King Institute of Preventive Medicine Bacteriolog. Section reports 1907-08
Year: 1907
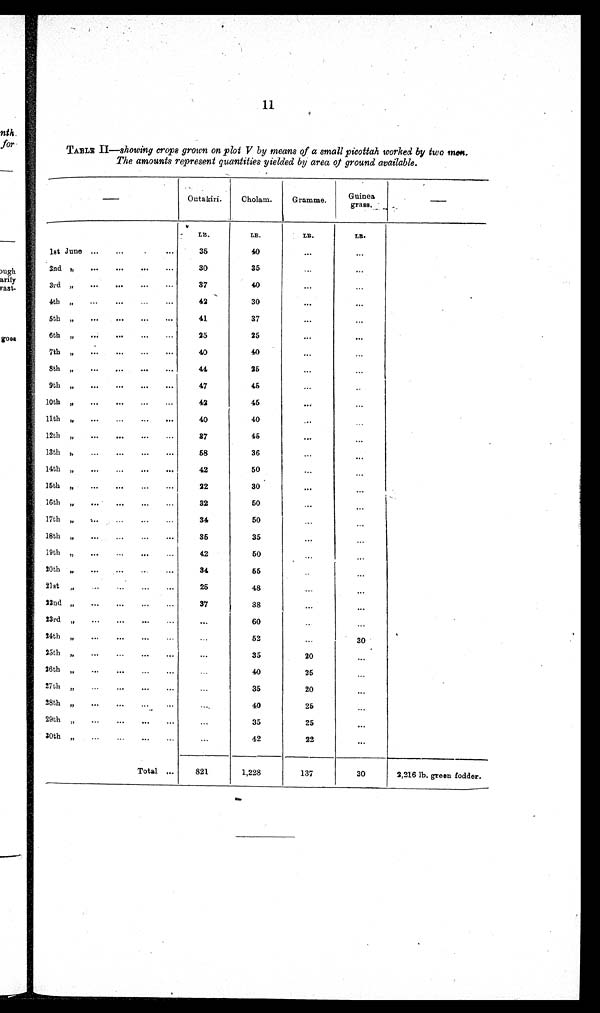
1 1
TABLE II—showing crops grown on plot V by means of a small picottah worked by two men.
The amounts represent quantities yielded by area of ground available.
Outakiri.
Cholam.
Gramme.
Guiss. grass.
LB.
35
30
37
42
41
25
40
44
47
42
40
37
58
42
22
32
34
3 5
42
34
25
37
...
...
...
...
...
...
...
LB.
40
35
40
30
37
25
40
25
45
45
40
4 5
36
50
.
30
50
50
35
5 0
5 5
48
38
60
52
35
40
35
40
35
42
LB.
...
...
...
...
. . .
...
...
...
...
...
...
...
...
...
. . .
...
...
...
...
..
...
...
...
...
20
25
20
25
25
22
LB.
...
...
...
...
. . .
...
. . .
...
..
...
...
...
...
...
...
...
...
...
...
30
...
...
...
. . .
1stJu ne ...
...
...
2nd ,,
...
...
...
...
3 rd „
...
... ...
...
4th„
...
...
...
...
5th„
...
...
...
...
6th„
...
...
...
...
7th
...
...
... ...
8th„
...
...
...
...
9th„
...
...
...
...
10th„
...
...
...
11th„
...
...
...
...
12th„
...
...
...
...
13th,,
...
...
...
14th,,
...
...
...
...
15th„
...
...
...
...
16th„
...
...
...
...
17th„
...
...
...
...
18th„
...
...
...
...
19th„
...
...
..
...
20th
...
...
..
...
21st„
...
...
...
...
22nd„
...
...
...
...
23rd„
...
...
...
...
24th„
...
...
...
..
25th„
...
...
...
...
26th„
..
...
...
...
27th„
...
...
...
...
28th„
...
...
...
...
29th„
...
...
...
...
30th„
...
...
...
...
Total ...
821
1,228
137
30
2,216 lb. green fodder.